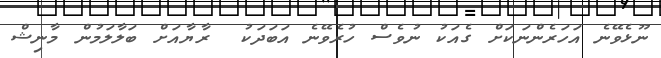
ނޫޅެވޭނެ އަހަރެންނަކަށް ގެއަކު ނުވެސް ހުރެވޭނެ އަބަދަކު  ރާޔާއަށް ބަލާލަމުން މާނިޝް